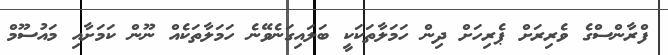
ފްރާންސްގެ ވެރިރަށް ޕެރިހަށް ދިން ހަމަލާތަކަކީ ބަލައިގަނެވޭނެ ހަމަލާތަކެއް ނޫން ކަމަށާއި މައުސޫމް